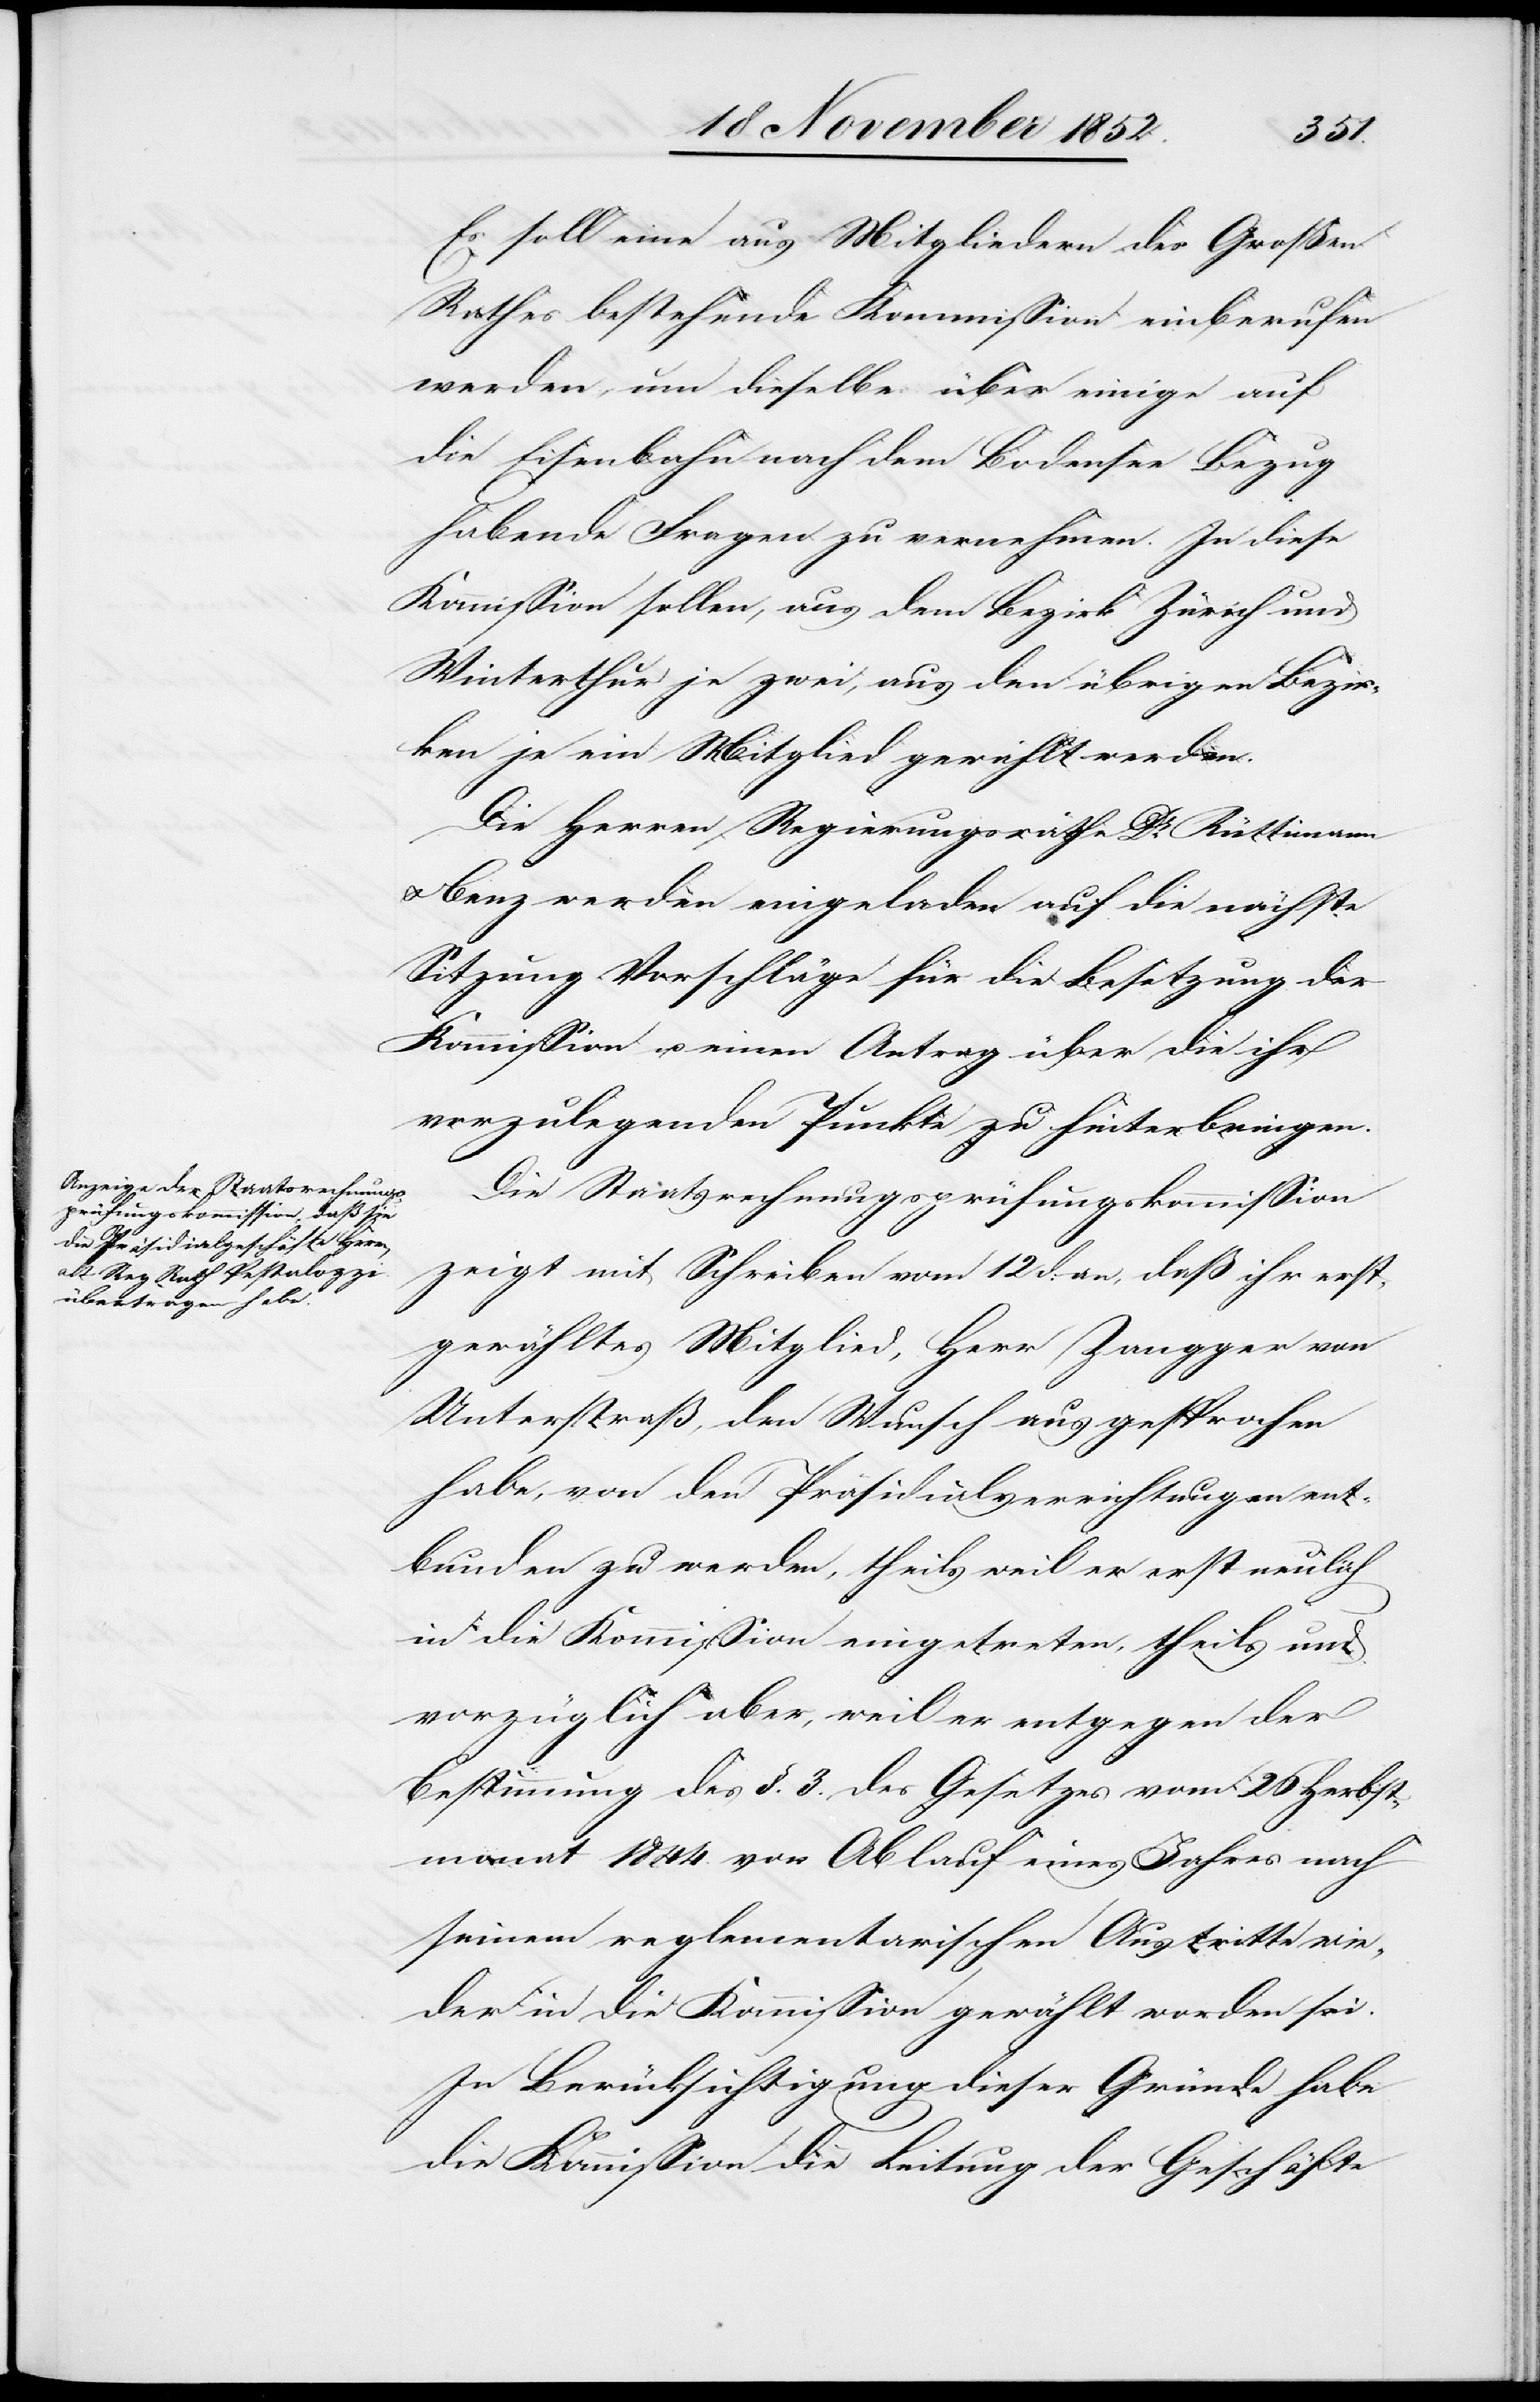
Es soll eine aus Mitgliedern des Großen
Rathes bestehende Kommission einberufen
werden, um dieselbe über einige auf
die Eisenbahn nach dem Bodensee Bezug
habende Fragen zu vernehmen. In diese
Kommission sollen, aus dem Bezirk Zürich und
Winterthur je zwei, aus den übrigen Bezir¬
ken je ein Mitglied gewählt werden.
Die Herren Regierungsräthe Dr. Rüttimann
& Benz werden eingeladen auf die nächste
Sitzung Vorschläge für die Besetzung der
Kommission u. einen Antrag über die ihr
vorzulegenden Punkte zu hinterbringen.
Die Staatsrechnungsprüfungskommission
zeigt mit Schreiben vom 12 d: an, daß ihr erst¬
gewähltes Mitglied, Herr Zangger von
Unterstraß, den Wunsch ausgesprochen
habe, von den Präsidialverrichtungen ent¬
bunden zu werden, theils weil er erst neulich
in die Kommission eingetreten, theils und
vorzüglich aber, weil er entgegen der
Bestimmung des §. 3. des Gesetzes vom 26 Herbst¬
monat 1844. vor Ablauf eines Jahres nach
seinem reglementarischen Austritte wie¬
der in die Kommission gewählt worden sei.
In Berücksichtigung dieser Gründe habe
die Kommission die Leitung der Geschäfte